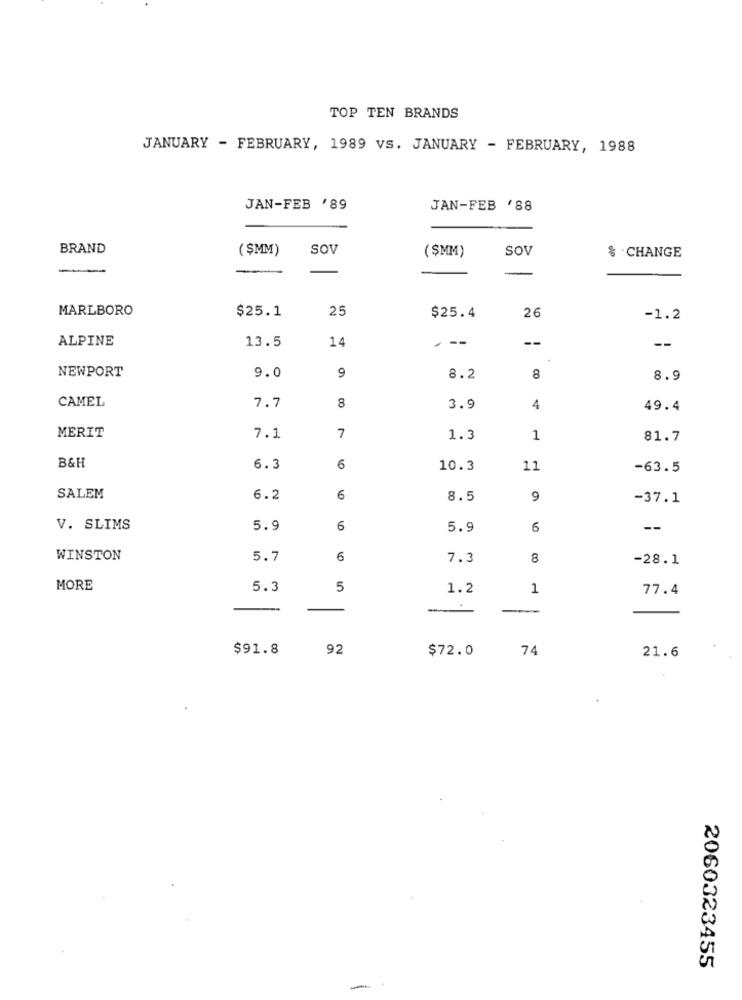
TOP TEN BRANDS
JANUARY - FEBRUARY, 1989 VS. JANUARY - FEBRUARY, 1988
JAN-FEB '89
JAN-FEB '88
BRAND
($MM)
SOV
SOV
($MM)
$ CHANGE
-
MARLBORO
$25.1
25
26
$25.4
-1.2
ALPINE
13.5
14
---
--
--
NEWPORT
9.0
9
8.2
8
8.9
CAMEL
7.7
8
3.9
4
49.4
7
MERIT
7.1
1.3
1
81.7
B&H
6.3
6
10.3
11
-63.5
SALEM
6.2
6
8.5
9
-37.1
V. SLIMS
5.9
6
5.9
6
--
WINSTON
5.7
6
7.3
8
-28.1
MORE
5.3
5
1.2
1
77.4
$91.8
92
$72.0
74
21.6
2060323455